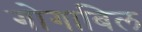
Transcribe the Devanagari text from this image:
गोगाबिल